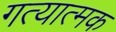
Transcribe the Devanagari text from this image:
गत्‍यात्‍मक